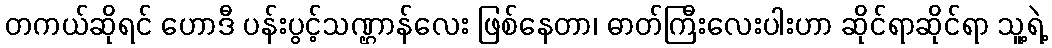
တကယ်ဆိုရင် ဟောဒီ ပန်းပွင့်သဏ္ဌာန်လေး ဖြစ်နေတာ၊ ဓာတ်ကြီးလေးပါးဟာ ဆိုင်ရာဆိုင်ရာ သူ့ရဲ့